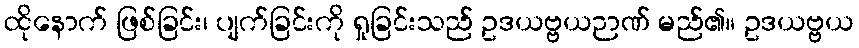
ထိုနောက် ဖြစ်ခြင်း၊ ပျက်ခြင်းကို ရှုခြင်းသည် ဥဒယဗ္ဗယဉာဏ် မည်၏။ ဥဒယဗ္ဗယ